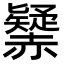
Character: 𧹾